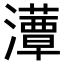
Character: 𤂹